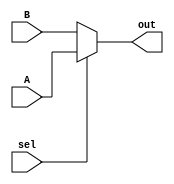
`timescale 1ns / 1ps
//////////////////////////////////////////////////////////////////////////////////
// Group:21
// Members: Pritkumar Godhani [19CS10048], Debanjan Saha [19CS30014] 
//  
// Module Name: 2:1 Multiplexor [auxiliary module] 
// Project Name: Assignment-5 Question 1
//
//////////////////////////////////////////////////////////////////////////////////
module mux2to1(sel, A, B, out);
	input sel, A, B;
	output reg out;
	
	always @ (*) begin
	if(sel)
		out = A;
	else 
		out = B;
	end
endmodule